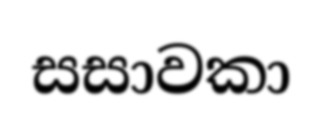
සසාවකා